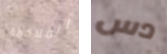
الملاكمة دس